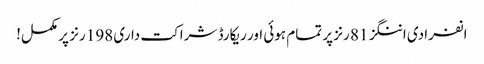
انفرادی اننگز 81 رنز پر تمام ہوئی اور ریکارڈ شراکت داری 198 رنز پر مکمل!